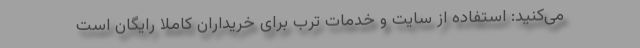
می‌کنید: استفاده از سایت و خدمات ترب برای خریداران کاملا رایگان است